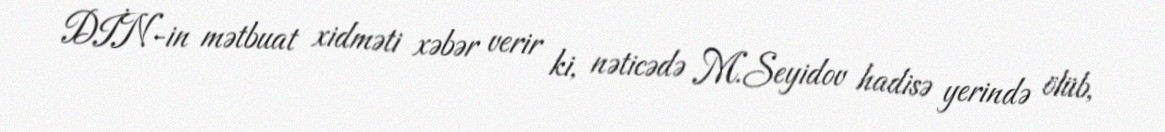
DİN-in mətbuat xidməti xəbər verir ki, nəticədə M.Seyidov hadisə yerində ölüb,